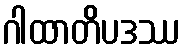
ဂါထာတိပဒဿ